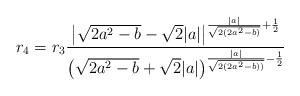
LaTeX: \begin{align*}r_4 = r_3\frac{\big|\sqrt{2a^2-b}-\sqrt{2}|a|\big|^{\frac{|a|}{\sqrt{2(2a^2-b)}}+\frac{1}{2}}}{\big(\sqrt{2a^2-b}+\sqrt{2}|a|\big)^{\frac{|a|}{\sqrt{2(2a^2-b))}}-\frac{1}{2}}}\end{align*}